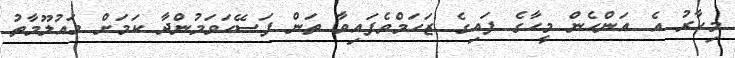
މިހާރު އެ އަންހެން މީހާގެ ފައިގެ ޒަހަމްވެފައިވާ ތަން ފަސޭހަވަމުންދާ ކަމަށް މައުލޫމާތު